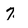
Character: 7